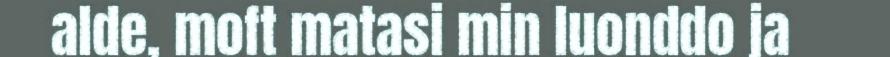
alde, moft matasi min luonddo ja